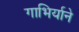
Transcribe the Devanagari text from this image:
गाभिर्याने